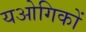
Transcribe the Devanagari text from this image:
यओगिकों